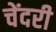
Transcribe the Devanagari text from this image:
चेंदरी